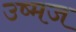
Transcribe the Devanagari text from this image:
उष्मज